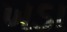
ખડા